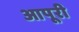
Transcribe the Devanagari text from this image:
आपूरी